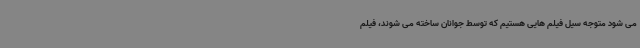
می شود متوجه سیل فیلم هایی هستیم که توسط جوانان ساخته می شوند، فیلم